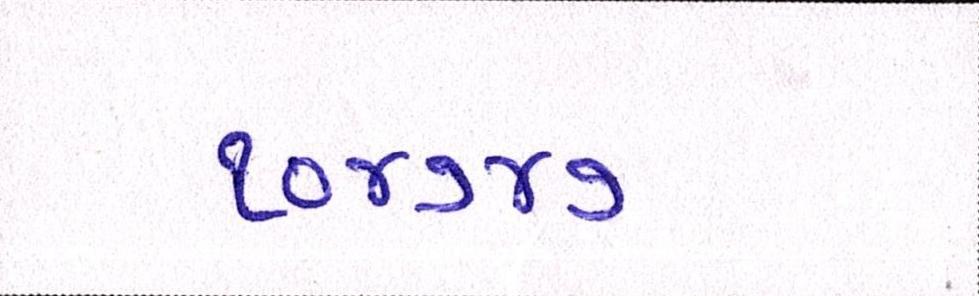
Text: ૧૦૪૭૪૭